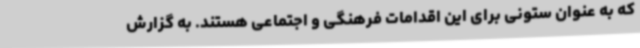
که به عنوان ستونی برای این اقدامات فرهنگی و اجتماعی هستند. به گزارش